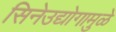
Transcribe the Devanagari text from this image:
सिनेउद्योगामुळे